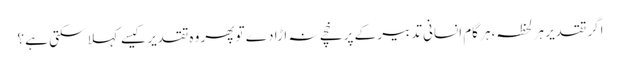
اگر تقدیر ہر لحظہ،ہر گام انسانی تدبیر کے پرخچے نہ اڑا دے تو پھر وہ تقدیر کیسے کہلا سکتی ہے ؟